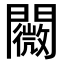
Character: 𨷋